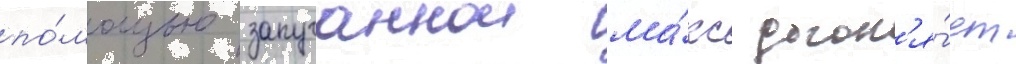
по́мощью запуганнои ма́кс догон'я́ет